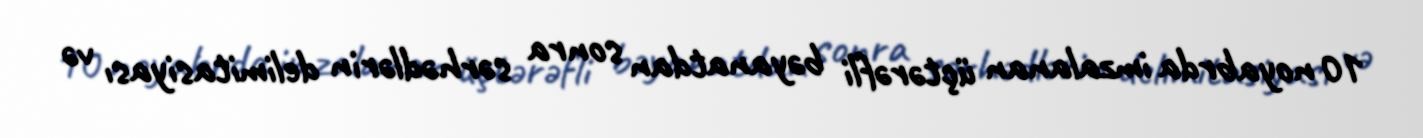
10 noyabrda imzalanan üçtərəfli bəyanatdan sonra sərhədlərin delimitasiyası və